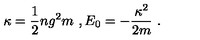
\kappa = \frac { 1 } { 2 } n g ^ { 2 } m \ , E _ { 0 } = - \frac { \kappa ^ { 2 } } { 2 m } \ .